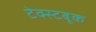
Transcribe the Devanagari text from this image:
टेक्स्टबूक